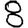
Digit: 8